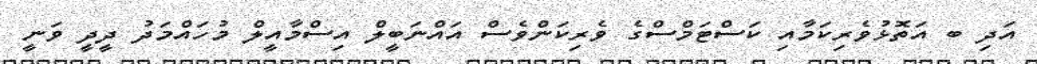
އަދި ބ އަތޮޅުވެރިކަމާއި ކަސްޓަމްސްގެ ވެރިކަންވެސް އައްނަބީލް އިސްމާއީލް މުހައްމަދު ދީދީ ވަނީ